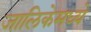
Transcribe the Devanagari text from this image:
जालिकेमध्ये